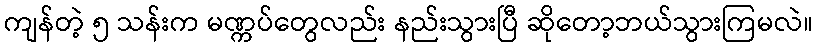
ကျန်တဲ့ ၅ သန်းက မဏ္ကပ်တွေလည်း နည်းသွားပြီ ဆိုတော့ဘယ်သွားကြမလဲ။